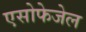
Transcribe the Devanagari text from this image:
एसोफेजेल